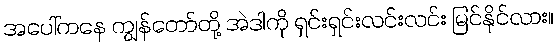
အပေါ်ကနေ ကျွန်တော်တို့ အဲဒါကို ရှင်းရှင်းလင်းလင်း မြင်နိုင်လား။